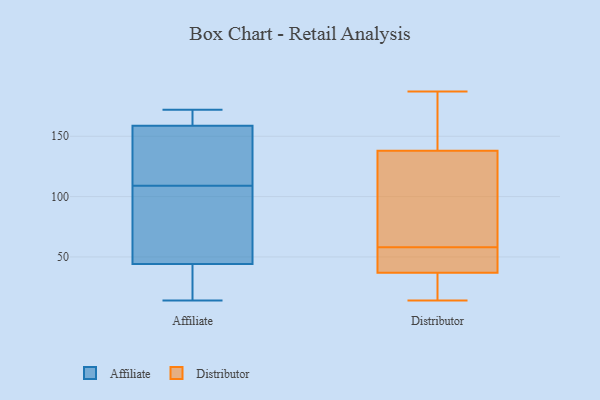
{"axis": {"x": "Revenue (USD Million)", "y": "Value"}, "legend": ["Affiliate", "Distributor"], "data": [{"x": "", "y": 144, "type": "Affiliate"}, {"x": "", "y": 99, "type": "Affiliate"}, {"x": "", "y": 50, "type": "Affiliate"}, {"x": "", "y": 46, "type": "Affiliate"}, {"x": "", "y": 168, "type": "Affiliate"}, {"x": "", "y": 37, "type": "Affiliate"}, {"x": "", "y": 109, "type": "Affiliate"}, {"x": "", "y": 140, "type": "Affiliate"}, {"x": "", "y": 109, "type": "Affiliate"}, {"x": "", "y": 157, "type": "Affiliate"}, {"x": "", "y": 172, "type": "Affiliate"}, {"x": "", "y": 19, "type": "Affiliate"}, {"x": "", "y": 164, "type": "Affiliate"}, {"x": "", "y": 172, "type": "Affiliate"}, {"x": "", "y": 92, "type": "Affiliate"}, {"x": "", "y": 14, "type": "Affiliate"}, {"x": "", "y": 39, "type": "Affiliate"}, {"x": "", "y": 33, "type": "Distributor"}, {"x": "", "y": 14, "type": "Distributor"}, {"x": "", "y": 136, "type": "Distributor"}, {"x": "", "y": 51, "type": "Distributor"}, {"x": "", "y": 30, "type": "Distributor"}, {"x": "", "y": 187, "type": "Distributor"}, {"x": "", "y": 145, "type": "Distributor"}, {"x": "", "y": 65, "type": "Distributor"}, {"x": "", "y": 140, "type": "Distributor"}, {"x": "", "y": 42, "type": "Distributor"}, {"x": "", "y": 66, "type": "Distributor"}, {"x": "", "y": 41, "type": "Distributor"}]}